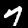
Digit: 7